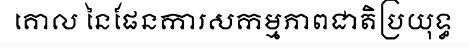
គោល នៃផែនការសកម្មភាពជាតិប្រយុទ្ធ